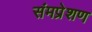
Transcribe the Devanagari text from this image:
संमप्रेशण